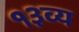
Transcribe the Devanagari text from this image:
१३व्य